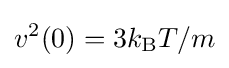
v^{2}(0)=3k_{\text{B}}T/m